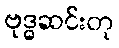
ဗုဒ္ဓဆင်းတု